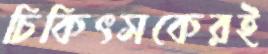
চিকিৎসকেরই